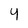
Character: 4